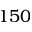
1 5 0